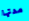
مدتها